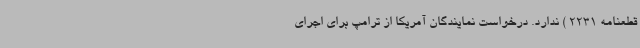
قطعنامه 2231 ) ندارد. درخواست نمایندگان آمریکا از ترامپ برای اجرای